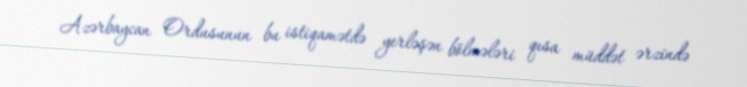
Azərbaycan Ordusunun bu istiqamətdə yerləşən bölmələri qısa müddət ərzində